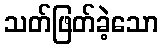
သတ်ဖြတ်ခဲ့သော